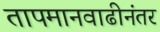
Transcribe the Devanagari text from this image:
तापमानवाढीनंतर